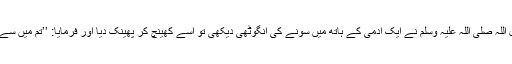
عبد اللہ بن عباس رضی اللہ عنہما روایت کرتے ہیں کہ رسول اللہ صلی اللہ علیہ وسلم نے ایک آدمی کے ہاتھ میں سونے کی انگوٹھی دیکھی تو اسے کھینچ کر پھینک دیا اور فرمایا: ’’تم میں سے کوئی دیدہ و دانستہ آگ کے انگارے اپنے ہاتھ میں پہنتا ہے؟